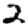
Digit: 2